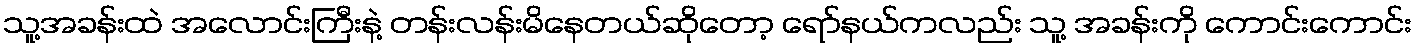
သူ့အခန်းထဲ အလောင်းကြီးနဲ့ တန်းလန်းမိနေတယ်ဆိုတော့ ရော်နယ်ကလည်း သူ့ အခန်းကို ကောင်းကောင်း